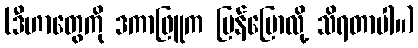
(ဒီဟာတွေကို ဒကာဖြူက ပြန်ပြောလို့ သိရတာပါ။)